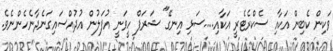
ވަކިން ކެބިން އަކާއި ސެކްރެޓެރީ އަކާއި.....ސަޅި އިނގޭ" ޝަރަފް ހީވަނީ އުފަލުން އުދުއްސައިގަނެދާނެހެންނެވެ.